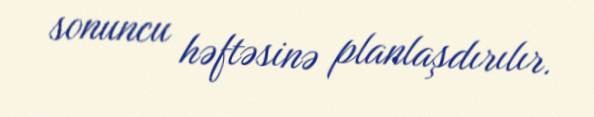
sonuncu həftəsinə planlaşdırılır.